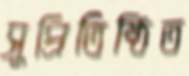
সুপ্রিতিষ্ঠিত